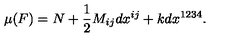
\mu ( F ) = N + \frac { 1 } { 2 } M _ { i j } d x ^ { i j } + k d x ^ { 1 2 3 4 } .